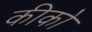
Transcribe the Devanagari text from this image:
कीको